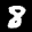
Label: 8